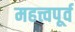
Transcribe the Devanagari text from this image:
महत्त्वपूर्व